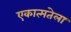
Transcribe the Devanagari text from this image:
एकात्मतेला